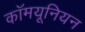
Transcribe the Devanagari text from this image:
कॉमयूनियन